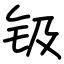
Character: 钑